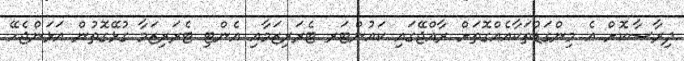
ދިރާސާކޮށް އެ މިންގަޑުތަކާއެއްގޮތަށް ރާއްޖޭގައި ކައުންޓަރ ޓެރަރިޒަމާއި އެންޓި ޓެރަރިޒަމާ ގުޅޭގޮތުން އަޅަންޖެހޭ